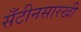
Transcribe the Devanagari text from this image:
सँटीनसारखी